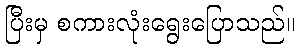
ပြီးမှ စကားလုံးရွေးပြောသည်။